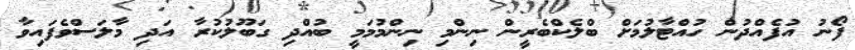
ފޯނު އުފެއްދުން ހުއްޓާލުމަށް ބްލެކްބެރީން ނިންމި ނިންމުމަމީ ބުއްދި ގަބޫލުކުރާ އަދި މާލަސްވެފައިވާ